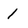
Character: 1